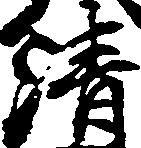
清